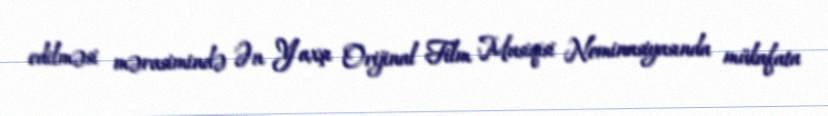
edilməsi mərasimində Ən Yaxşı Orijinal Film Musiqisi Nominasiyasında mükafata